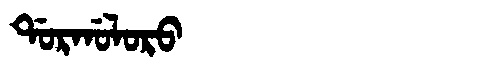
Manchu: ᡩᠣᡵᡤᠣᠯᠣᡵᠣ
Romanization: DORGOLORO